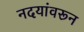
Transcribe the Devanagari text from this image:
नदयांवरून